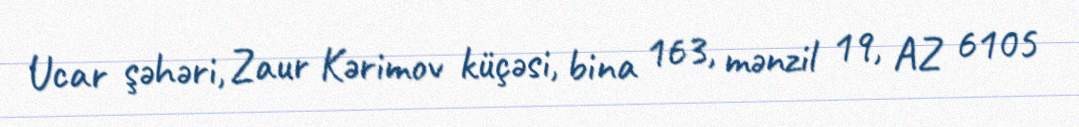
Ucar şəhəri, Zaur Kərimov küçəsi, bina 163, mənzil 19, AZ 6105